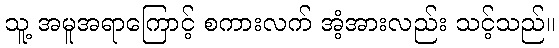
သူ့ အမူအရာကြောင့် စကားလက် အံ့အားလည်း သင့်သည်။